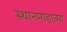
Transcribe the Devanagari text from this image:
स्थानमाहात्म्य